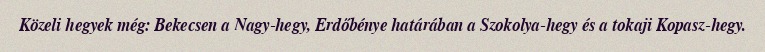
Közeli hegyek még: Bekecsen a Nagy-hegy, Erdőbénye határában a Szokolya-hegy és a tokaji Kopasz-hegy.